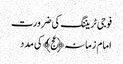
فوجی ٹریننگ کی ضرورت
امام زمانہ﴿عج﴾ کی مدد